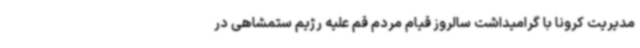
مدیریت کرونا با گرامیداشت سالروز قیام مردم قم علیه رژیم ستمشاهی در